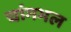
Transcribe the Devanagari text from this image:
चांगभल